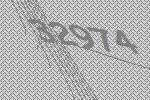
32974